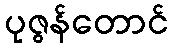
ပုဇွန်တောင်